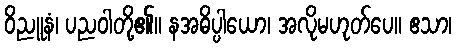
ဝိညူနံ၊ ပညဝါတို့၏။ နအဓိပ္ပါယော၊ အလိုမဟုတ်ပေ။ ဧသာ၊